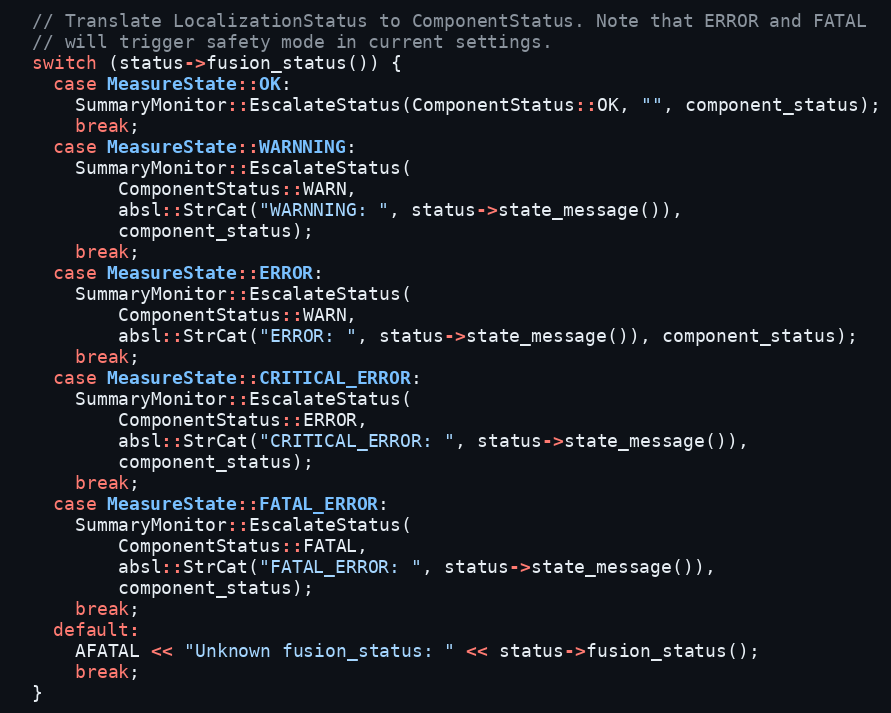
Language: C++
  // Translate LocalizationStatus to ComponentStatus. Note that ERROR and FATAL
  // will trigger safety mode in current settings.
  switch (status->fusion_status()) {
    case MeasureState::OK:
      SummaryMonitor::EscalateStatus(ComponentStatus::OK, "", component_status);
      break;
    case MeasureState::WARNNING:
      SummaryMonitor::EscalateStatus(
          ComponentStatus::WARN,
          absl::StrCat("WARNNING: ", status->state_message()),
          component_status);
      break;
    case MeasureState::ERROR:
      SummaryMonitor::EscalateStatus(
          ComponentStatus::WARN,
          absl::StrCat("ERROR: ", status->state_message()), component_status);
      break;
    case MeasureState::CRITICAL_ERROR:
      SummaryMonitor::EscalateStatus(
          ComponentStatus::ERROR,
          absl::StrCat("CRITICAL_ERROR: ", status->state_message()),
          component_status);
      break;
    case MeasureState::FATAL_ERROR:
      SummaryMonitor::EscalateStatus(
          ComponentStatus::FATAL,
          absl::StrCat("FATAL_ERROR: ", status->state_message()),
          component_status);
      break;
    default:
      AFATAL << "Unknown fusion_status: " << status->fusion_status();
      break;
  }